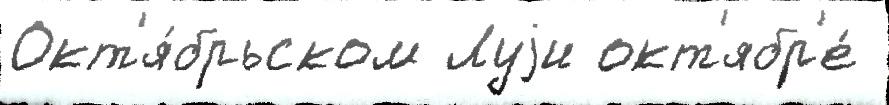
Окт'я́брьском Луjи окт'ябр'е́